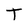
Character: T